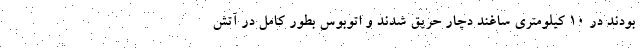
بودند در ۱۰ کیلومتری ساغند دچار حریق شدند و اتوبوس بطور کامل در آتش